Trukikaitis_Postimees, lk 98
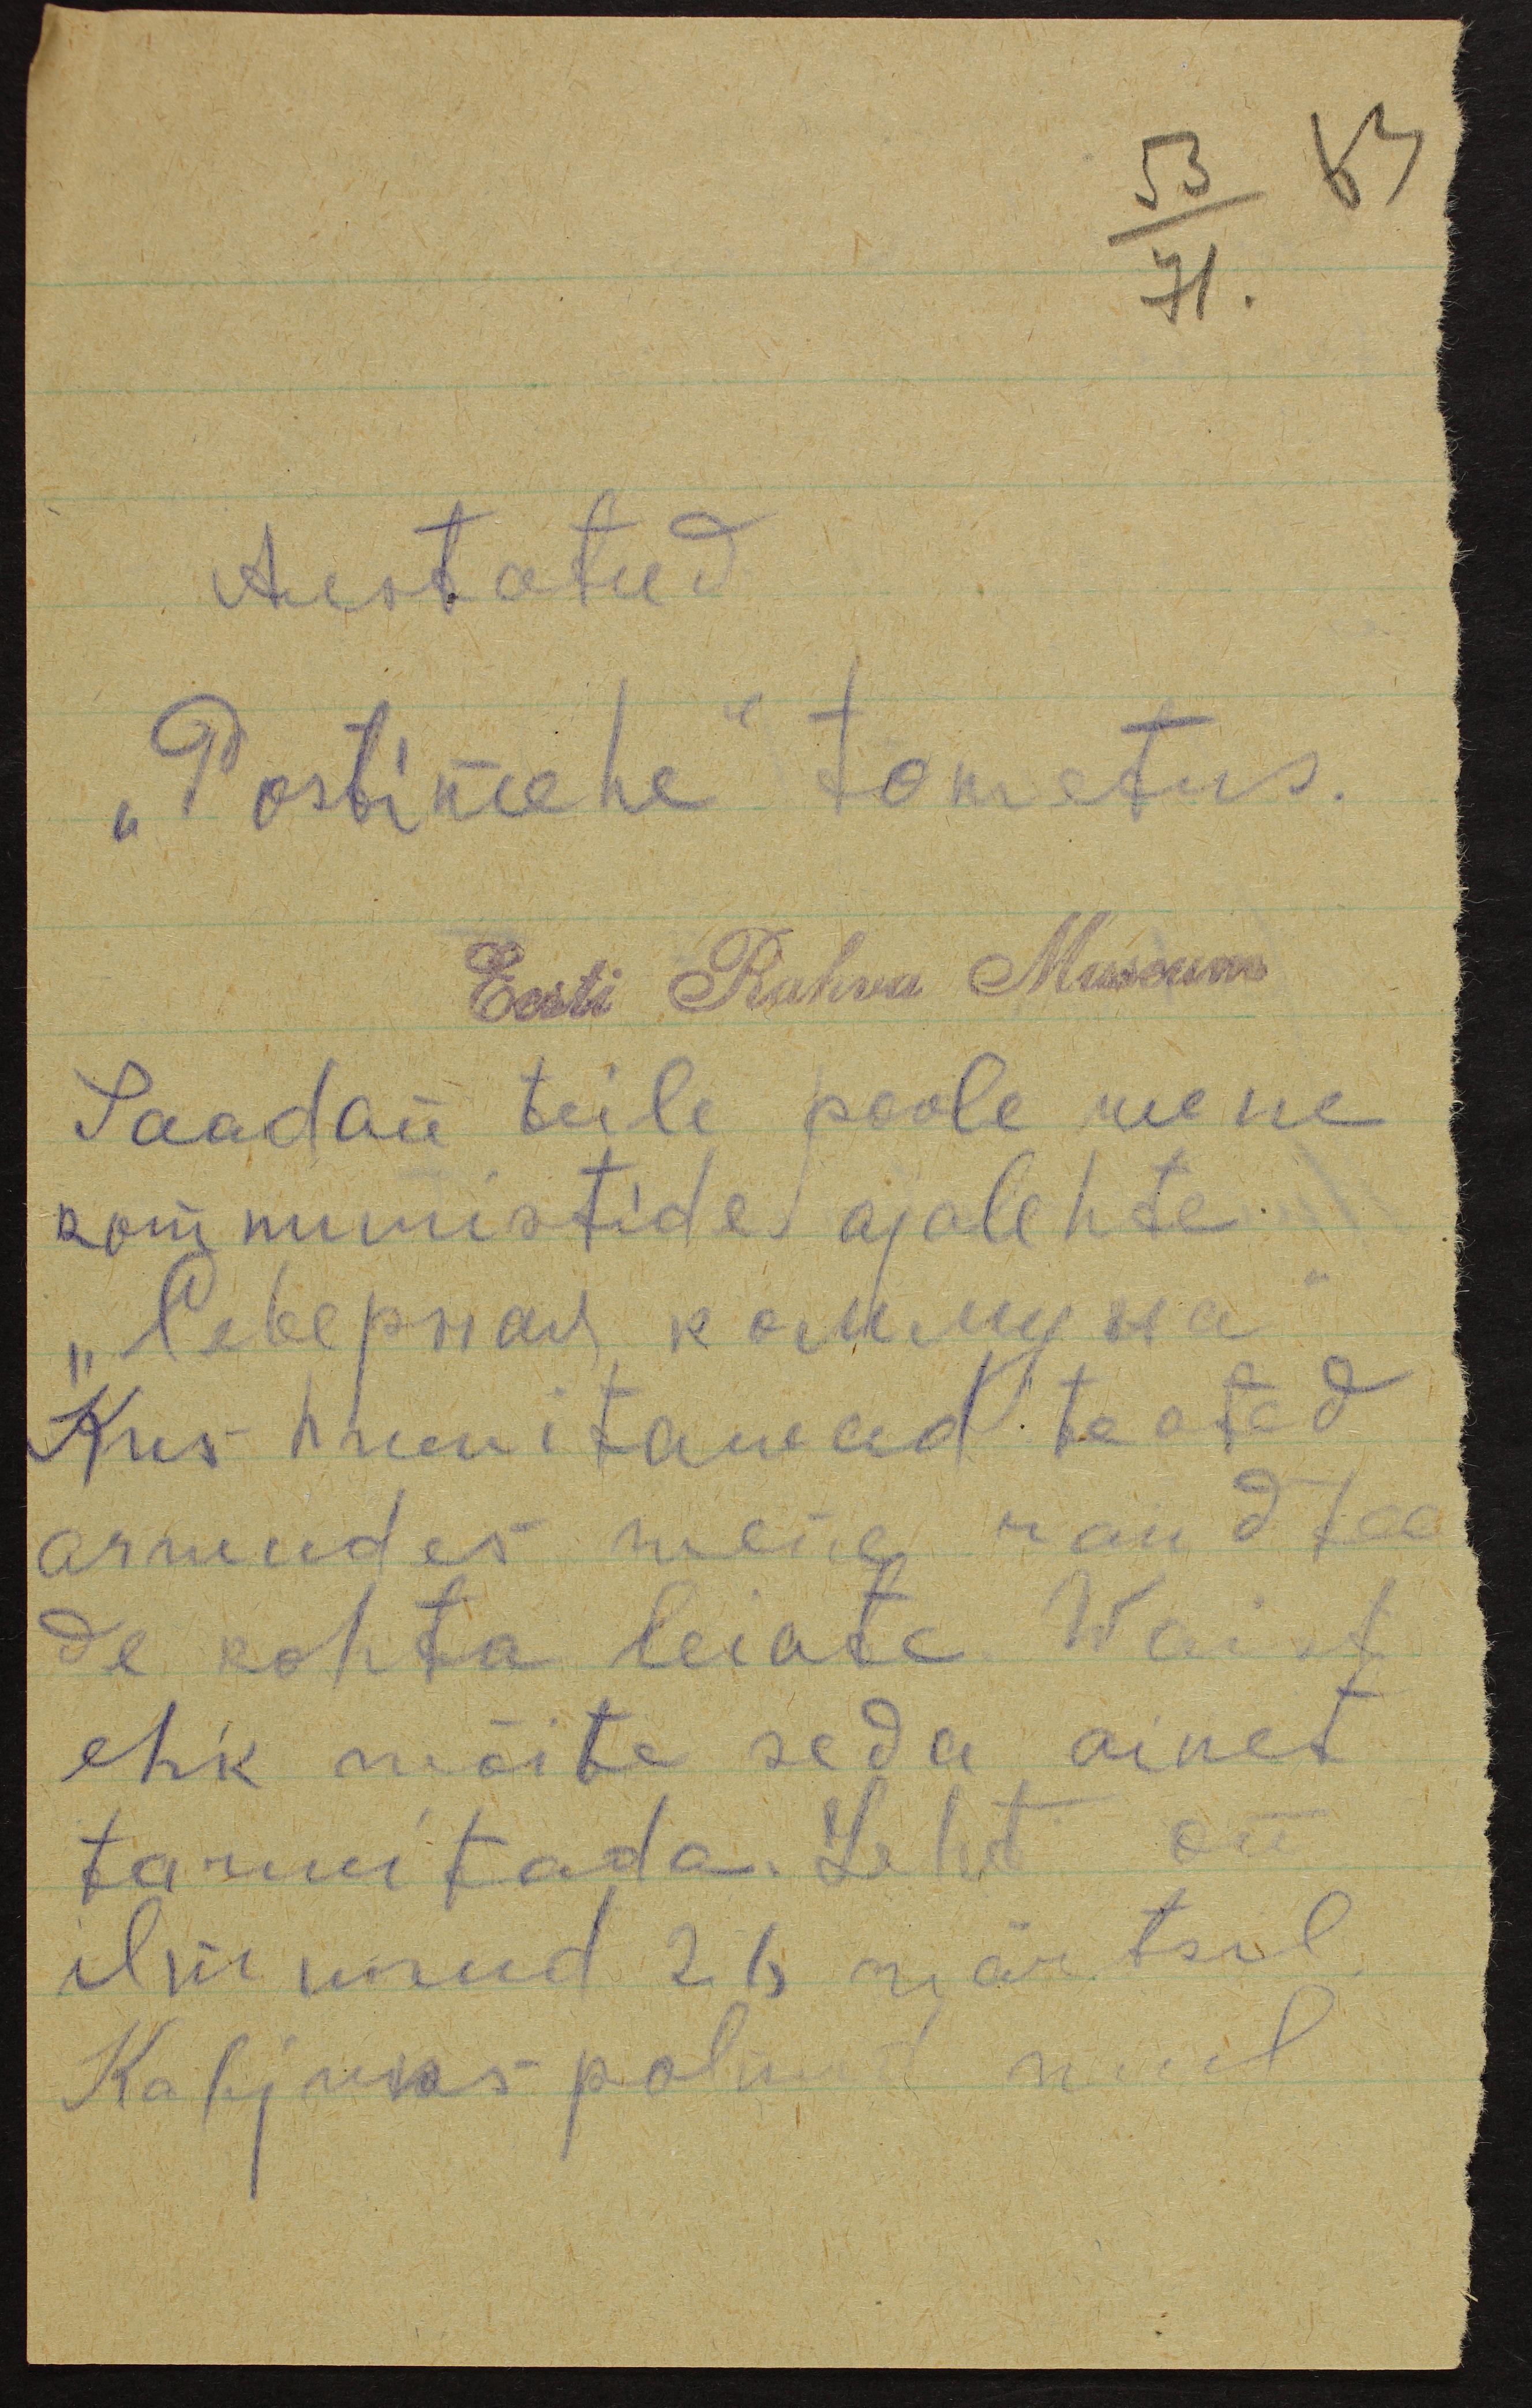
71.
Austatud
"Postimehe" tometus.
Eesti Rahva Museum
Saadan teile poole wene
kommunistide ajalehte.
"Неверная Коммуна"
Kus huwitawad teated
arwudes meie raudtee
de kohta leiate. Waist
ehk wõite seda ainet
tarwitada. Leht on
ilmunud 26 märtsil.
Kahjuks polnud mul